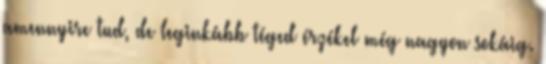
amennyire tud, de leginkább téged érzékel még nagyon sokáig.